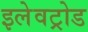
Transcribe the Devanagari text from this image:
इलेवट्रोड